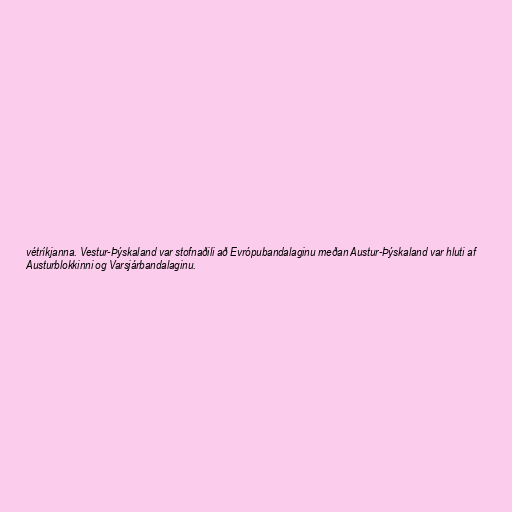
vétríkjanna. Vestur-Þýskaland var stofnaðili að Evrópubandalaginu meðan Austur-Þýskaland var hluti af
Austurblokkinni og Varsjárbandalaginu.